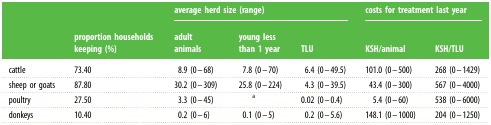
<table><thead><tr><td rowspan="2"></td><td rowspan="2"><b>proportion households keeping (%)</b></td><td colspan="3"><b>average herd size (range)</b></td><td colspan="2"><b>costs for treatment last year</b></td></tr><tr><td><b>adult animals</b></td><td><b>young less than 1 year</b></td><td><b>TLU</b></td><td><b>KSH/animal</b></td><td><b>KSH/TLU</b></td></tr></thead><tbody><tr><td>cattle</td><td>73.40</td><td>8.9 (0–68)</td><td>7.8 (0–70)</td><td>6.4 (0–49.5)</td><td>101.0 (0–500)</td><td>268 (0–1429)</td></tr><tr><td>sheep or goats</td><td>87.80</td><td>30.2 (0–309)</td><td>25.8 (0–224)</td><td>4.3 (0–39.5)</td><td>43.4 (0–300)</td><td>567 (0–4000)</td></tr><tr><td>poultry</td><td>27.50</td><td>3.3 (0–45)</td><td><sup>a</sup></td><td>0.02 (0–0.4)</td><td>5.4 (0–60)</td><td>538 (0–6000)</td></tr><tr><td>donkeys</td><td>10.40</td><td>0.2 (0–6)</td><td>0.1 (0–5)</td><td>0.2 (0–5.6)</td><td>148.1 (0–1000)</td><td>204 (0–1250)</td></tr></tbody></table>